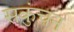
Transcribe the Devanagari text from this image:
सकुंचन